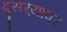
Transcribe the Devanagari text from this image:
दुसर्‍यावर